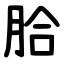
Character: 䏩